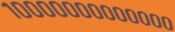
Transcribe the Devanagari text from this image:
१०००००००००००००